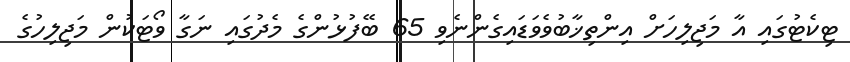
ޓިކެޓުގައި އާ މަޖިލިހަށް އިންތިޚާބުވެވަޑައިގެންނެވި 65 ބޭފުޅުންގެ މެދުގައި ނަގާ ވޯޓަކުން މަޖިލިހުގެ